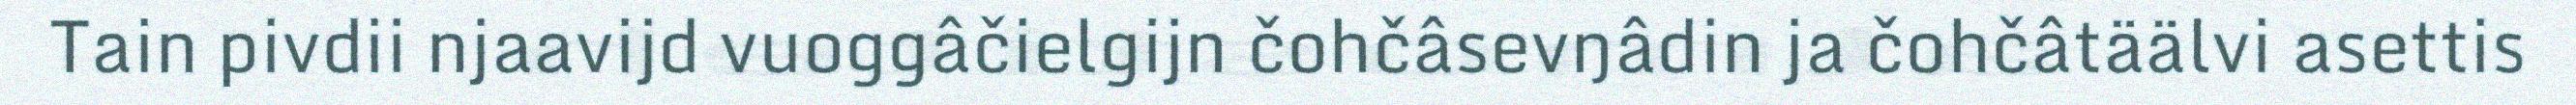
Tain pivdii njaavijd vuoggâčielgijn čohčâsevŋâdin ja čohčâtäälvi asettis